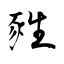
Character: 甤